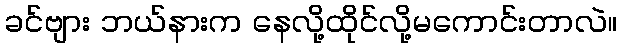
ခင်ဗျား ဘယ်နားက နေလို့ထိုင်လို့မကောင်းတာလဲ။